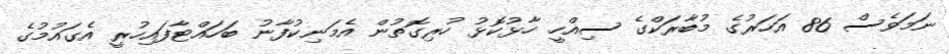
ނަމަވެސް 86 އަހަރުގެ މުބާރަކްގެ ސިއްހީ ހާޅުކޮޅު ހުރިގޮތުން އެމަނިކުފާނު ބަހައްޓާފައިހުރީ އެގައުމުގެ